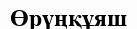
Өрүңқұяш